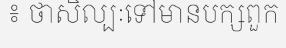
៖ ថាសិល្បៈទៅមានបក្សពួក